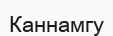
Каннамгу